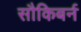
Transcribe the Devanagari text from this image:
सौकिबर्न